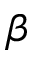
\beta